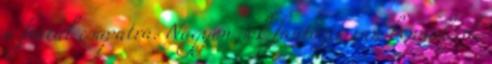
a fiatal csapatra. Nagyon sok fantázia van bennük, de